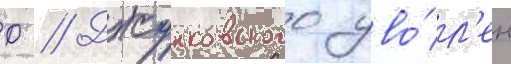
Ф // Джунковского уво́л'ен